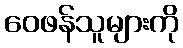
ဝေဖန်သူများကို